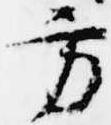
方